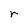
Character: r